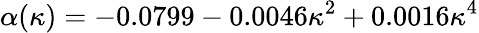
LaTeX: \alpha(\kappa)=-0.0799-0.0046\kappa^{2}+0.0016\kappa^{4}